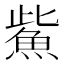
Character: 鮆